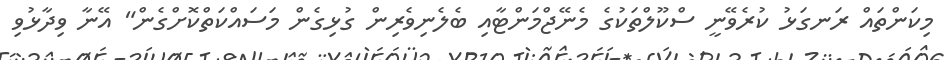
މިކަންތައް ރަނގަޅު ކުރެވޭނީ ސްކޫލްތަކުގެ މެނޭޖްމަންޓާއި ބެލެނިވެރިން ގުޅިގެން މަސައްކަތްކޮށްގެން" އޭނާ ވިދާޅުވި